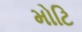
મોટિ